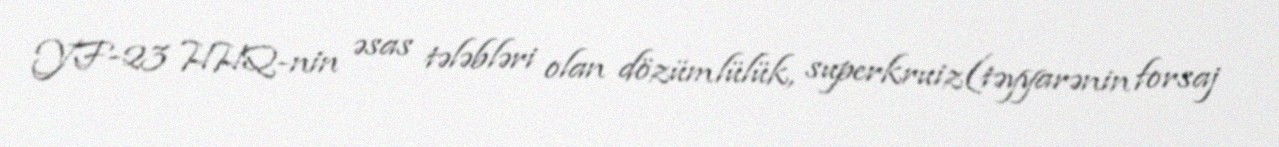
YF-23 HHQ-nin əsas tələbləri olan dözümlülük, superkruiz(təyyarənin forsaj